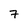
Character: 7